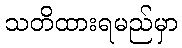
သတိထားရမည်မှာ